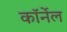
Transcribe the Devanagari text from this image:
काॅर्नेल